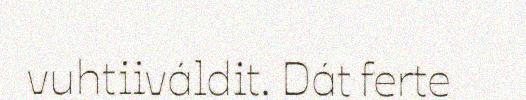
vuhtiiváldit. Dát ferte